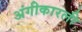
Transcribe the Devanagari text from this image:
अंगीकारली